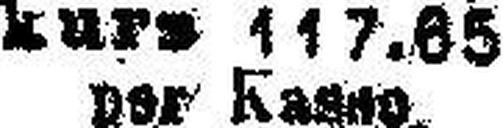
kurs 117.65